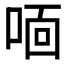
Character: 𫪓